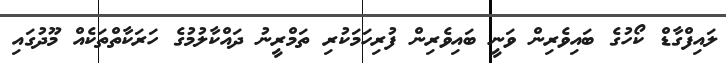
ލައިފްގާޑް ކޯހުގެ ބައިވެރިން ވަނީ ބައިވެރިން ފުރިހަމަކުރި ތަމްރީނު ދައްކާލުމުގެ ހަރަކާތްތަކެއް މޫދުގައި